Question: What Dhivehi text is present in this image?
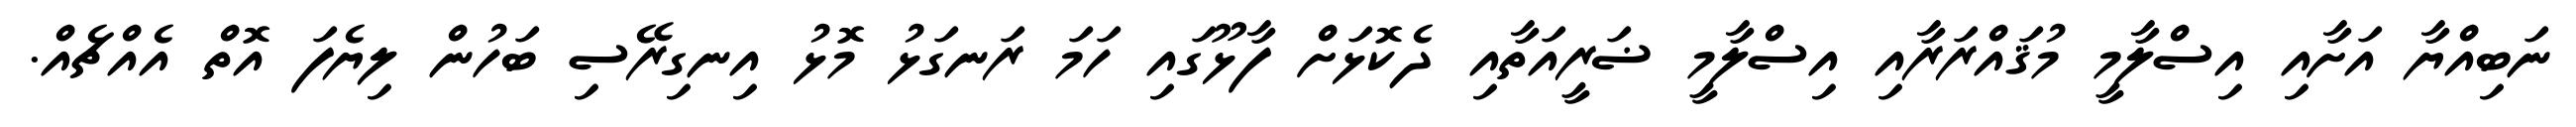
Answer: ނަބިއްޔާ އަށާއި އިސްލާމީ މުޤައްރަރާއި އިސްލާމީ ޟަރީއަތާއި ދެކޮޅަށް ފާޅޫގައި ހަމަ ރަނގަޅު މޮޅު އިނގިރޭސި ބަހުން ލިޔެފަ އޮތް އެއްޗެއް.